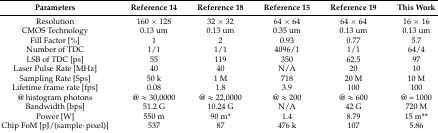
<table><thead><tr><td><b>Parameters</b></td><td><b>Reference 14</b></td><td><b>Reference 18</b></td><td><b>Reference 15</b></td><td><b>Reference 19</b></td><td><b>This Work</b></td></tr></thead><tbody><tr><td>Resolution</td><td>160 × 128</td><td>32 × 32</td><td>64 × 64</td><td>64 × 64</td><td>16 × 16</td></tr><tr><td>CMOS Technology</td><td>0.13 um</td><td>0.13 um</td><td>0.35 um</td><td>0.13 um</td><td>0.13 um</td></tr><tr><td>Fill Factor [%]</td><td>1</td><td>2</td><td>0.93</td><td>0.77</td><td>5.7</td></tr><tr><td>Number of TDC</td><td>1/1</td><td>1/1</td><td>4096/1</td><td>1/1</td><td>64/4</td></tr><tr><td>LSB of TDC [ps]</td><td>55</td><td>119</td><td>350</td><td>62.5</td><td>97</td></tr><tr><td>Laser Pulse Rate [MHz]</td><td>40</td><td>40</td><td>N/A</td><td>20</td><td>10</td></tr><tr><td>Sampling Rate [Sps]</td><td>50 k</td><td>1 M</td><td>718</td><td>20 M</td><td>10 M</td></tr><tr><td>Lifetime frame rate [fps]</td><td>0.08</td><td>1.8</td><td>3.9</td><td>100</td><td>100</td></tr><tr><td>@ histogram photons</td><td>@ ≈ 30,0000</td><td>@ ≈ 22,0000</td><td>@ ≈ 200</td><td>@ ≈ 600</td><td>@ = 1000</td></tr><tr><td>Bandwidth [bps]</td><td>51.2 G</td><td>10.24 G</td><td>N/A</td><td>42 G</td><td>720 M</td></tr><tr><td>Power [W]</td><td>550 m</td><td>90 m*</td><td>1.4</td><td>8.79</td><td>15 m**</td></tr><tr><td>Chip FoM [pJ/(sample·pixel)]</td><td>537</td><td>87</td><td>476 k</td><td>107</td><td>5.86</td></tr></tbody></table>